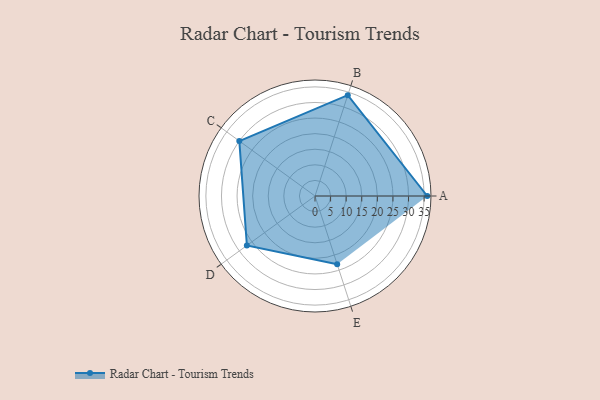
{"axis": {"x": "Skill", "y": "Score"}, "legend": ["Profile"], "data": [{"x": "A", "y": 36.0, "type": "Profile"}, {"x": "B", "y": 34.0, "type": "Profile"}, {"x": "C", "y": 30.0, "type": "Profile"}, {"x": "D", "y": 27.0, "type": "Profile"}, {"x": "E", "y": 23.0, "type": "Profile"}]}